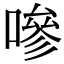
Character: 嘇